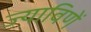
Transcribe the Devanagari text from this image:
ज्याविणें